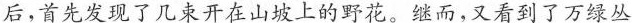
后，首先发现了几束开在山坡上的野花。继而，又看到了万绿丛